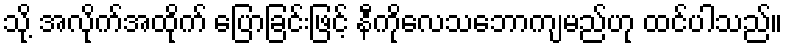
သို့ အလိုက်အထိုက် ပြောခြင်းဖြင့် နီကိုလေသဘောကျမည်ဟု ထင်ပါသည်။